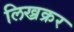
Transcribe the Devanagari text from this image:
लिख्रक्रर